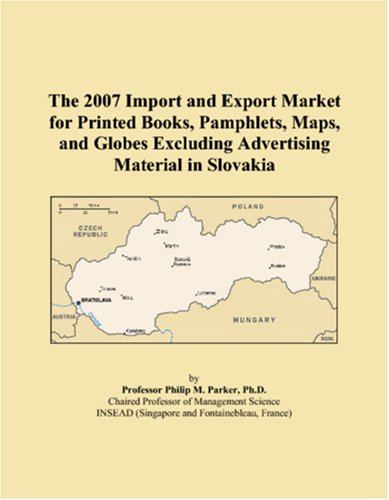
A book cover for The 2007 Import and Export Market for Printed Books, Pamphlets, Maps, and Globes Excluding Advertising Material in Slovakia; Philip M. Parker; Travel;